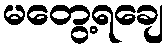
မတွေ့ရချေ